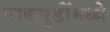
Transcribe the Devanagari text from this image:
नाकपुडींमध्ये